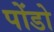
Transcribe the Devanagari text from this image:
पोंडो